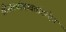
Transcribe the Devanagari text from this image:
श्रीसत्यांबाव्रतांगत्वेन